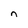
Character: n